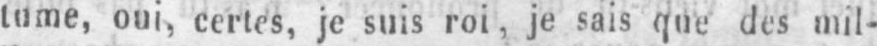
lume, oui, certes, je suis roi, je sais que des mil-